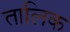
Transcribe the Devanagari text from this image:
तालिक